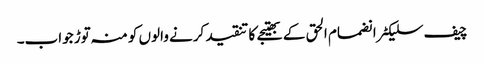
چیف سلیکٹر انضمام الحق کے بھتیجے کا تنقید کرنے والوں کو منہ توڑ جواب۔